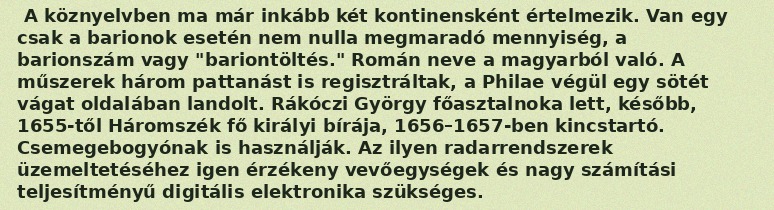
A köznyelvben ma már inkább két kontinensként értelmezik. Van egy csak a barionok esetén nem nulla megmaradó mennyiség, a barionszám vagy "bariontöltés." Román neve a magyarból való. A műszerek három pattanást is regisztráltak, a Philae végül egy sötét vágat oldalában landolt. Rákóczi György főasztalnoka lett, később, 1655-től Háromszék fő királyi bírája, 1656–1657-ben kincstartó. Csemegebogyónak is használják. Az ilyen radarrendszerek üzemeltetéséhez igen érzékeny vevőegységek és nagy számítási teljesítményű digitális elektronika szükséges.